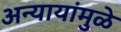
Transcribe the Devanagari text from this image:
अन्यायांमुळे